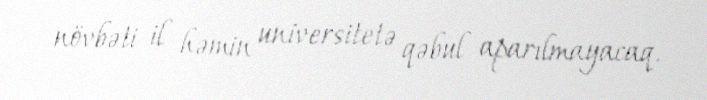
növbəti il həmin universitetə qəbul aparılmayacaq.